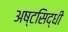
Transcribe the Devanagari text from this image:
अष्टसिद्धी